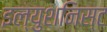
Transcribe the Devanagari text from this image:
इल्युशनिस्ट